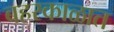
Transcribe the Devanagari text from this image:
बहरकाळात